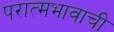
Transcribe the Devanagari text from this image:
परात्मभावाची